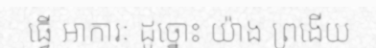
ធ្វើ អាការៈ ដូច្នោះ យ៉ាង ព្រងើយ